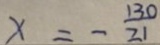
\times = - \frac { 1 3 0 } { 2 1 }